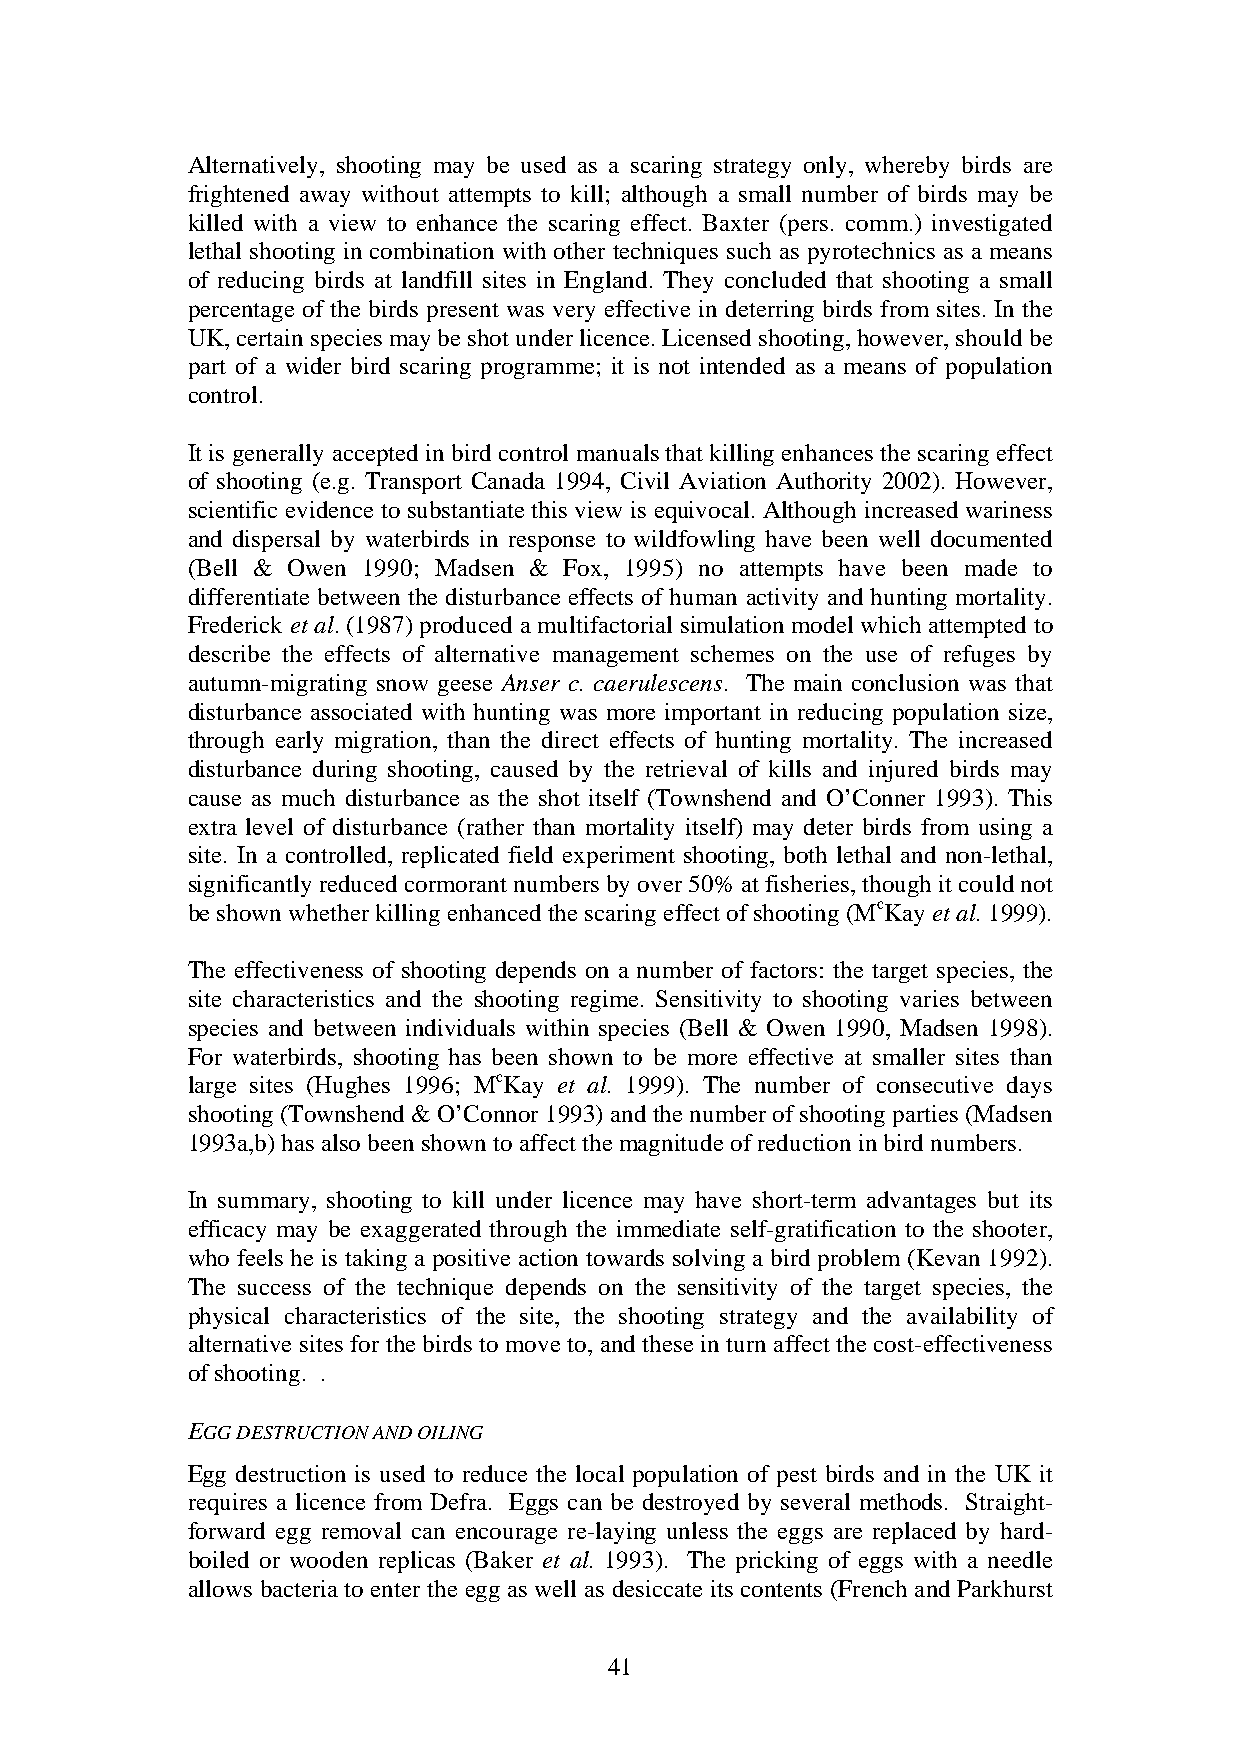
Alternatively, shooting may be used as a scaring strategy only, whereby birds are
 frightened away without attempts to kill; although a small number of birds may be
 killed with a view to enhance the scaring effect. Baxter (pers. comm.) investigated
 lethal shooting in combination with other techniques such as pyrotechnics as a means
 of reducing birds at landfill sites in England. They concluded that shooting a small
 percentage of the birds present was very effective in deterring birds from sites. In the
 UK, certain species may be shot under licence. Licensed shooting, however, should be
 part of a wider bird scaring programme; it is not intended as a means of population
 control.
 It is generally accepted in bird control manuals that killing enhances the scaring effect
 of shooting (e.g. Transport Canada 1994, Civil Aviation Authority 2002). However,
 scientific evidence to substantiate this view is equivocal. Although increased wariness
 and dispersal by waterbirds in response to wildfowling have been well documented
 (Bell & Owen 1990; Madsen & Fox, 1995) no attempts have been made to
 differentiate between the disturbance effects of human activity and hunting mortality.
 Frederick et al. (1987) produced a multifactorial simulation model which attempted to
 describe the effects of alternative management schemes on the use of refuges by
 autumn-migrating snow geese Anser c. caerulescens. The main conclusion was that
 disturbance associated with hunting was more important in reducing population size,
 through early migration, than the direct effects of hunting mortality. The increased
 disturbance during shooting, caused by the retrieval of kills and injured birds may
 cause as much disturbance as the shot itself (Townshend and O’Conner 1993). This
 extra level of disturbance (rather than mortality itself) may deter birds from using a
 site. In a controlled, replicated field experiment shooting, both lethal and non-lethal,
 significantly reduced cormorant numbers by over 50% at fisheries, though it could not
 be shown whether killing enhanced the scaring effect of shooting (McKay et al. 1999).
 The effectiveness of shooting depends on a number of factors: the target species, the
 site characteristics and the shooting regime. Sensitivity to shooting varies between
 species and between individuals within species (Bell & Owen 1990, Madsen 1998).
 For waterbirds, shooting has been shown to be more effective at smaller sites than
 large sites (Hughes 1996; McKay et al. 1999). The number of consecutive days
 shooting (Townshend & O’Connor 1993) and the number of shooting parties (Madsen
 1993a,b) has also been shown to affect the magnitude of reduction in bird numbers.
 In summary, shooting to kill under licence may have short-term advantages but its
 efficacy may be exaggerated through the immediate self-gratification to the shooter,
 who feels he is taking a positive action towards solving a bird problem (Kevan 1992).
 The success of the technique depends on the sensitivity of the target species, the
 physical characteristics of the site, the shooting strategy and the availability of
 alternative sites for the birds to move to, and these in turn affect the cost-effectiveness
 of shooting. .
 EGG DESTRUCTION AND OILING
 Egg destruction is used to reduce the local population of pest birds and in the UK it
 requires a licence from Defra. Eggs can be destroyed by several methods. Straight-
 forward egg removal can encourage re-laying unless the eggs are replaced by hard-
 boiled or wooden replicas (Baker et al. 1993). The pricking of eggs with a needle
 allows bacteria to enter the egg as well as desiccate its contents (French and Parkhurst
 41